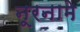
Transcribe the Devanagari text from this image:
नूरनामे